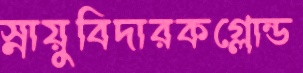
স্নায়ুবিদারকগ্লোন্ড